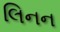
લિનન